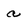
Character: a